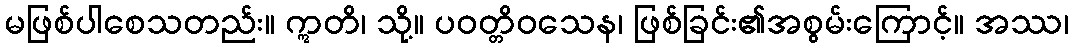
မဖြစ်ပါစေသတည်း။ ဣတိ၊ သို့။ ပဝတ္တိဝသေန၊ ဖြစ်ခြင်း၏အစွမ်းကြောင့်။ အဿ၊